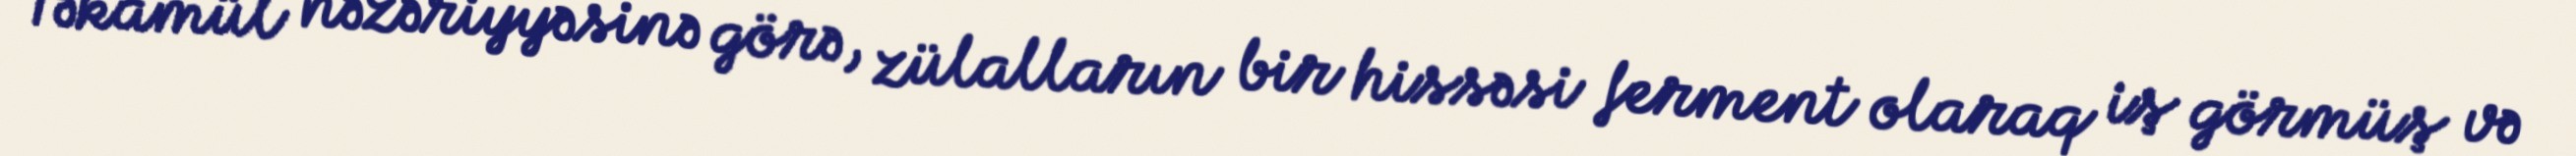
Təkamül nəzəriyyəsinə görə, zülalların bir hissəsi ferment olaraq iş görmüş və